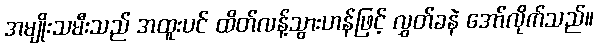
အမျိုးသမီးသည် အထူးပင် ထိတ်လန့်သွားဟန်ဖြင့် လွှတ်ခနဲ အော်လိုက်သည်။